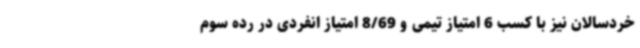
خردسالان نیز با کسب 6 امتیاز تیمی و 8/69 امتیاز انفردی در رده سوم